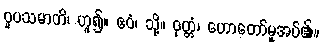
ဝူပသမာတိ၊ ဟူ၍။ ဧဝံ၊ သို့။ ဝုတ္တံ၊ ဟောတော်မူအပ်၏။